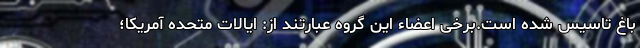
باغ تاسیس شده است.برخی اعضاء این گروه عبارتند از: ایالات متحده آمریکا؛